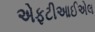
એફટીઆઈએલ